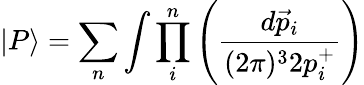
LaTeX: \vert P\rangle=\sum_{n}\int\prod_{i}^{n}\left(\frac{d\vec{p}_{i}}{(2\pi)^{3}2p_{i}^{+}}\right)